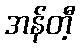
အန်တီ့